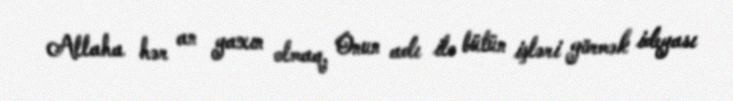
Allaha hər an yaxın olmaq, Onun adı ilə bütün işləri görmək ideyası